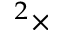
^ 2 \times